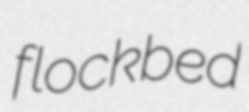
flockbed